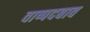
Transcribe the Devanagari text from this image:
वाष्पदबाव